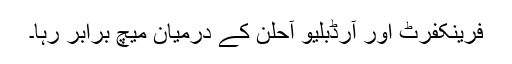
فرینکفرٹ اور آرڈبلیو آحلن کے درمیان میچ برابر رہا۔